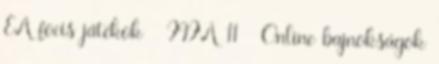
EA focis játékok FIFA 11 Online bajnokságok